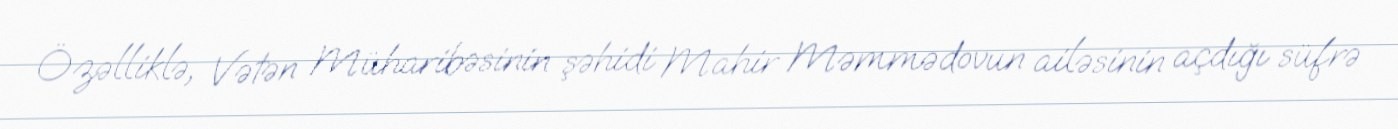
Özəlliklə, Vətən Müharibəsinin şəhidi Mahir Məmmədovun ailəsinin açdığı süfrə